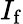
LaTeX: I_{\mathrm{f}}